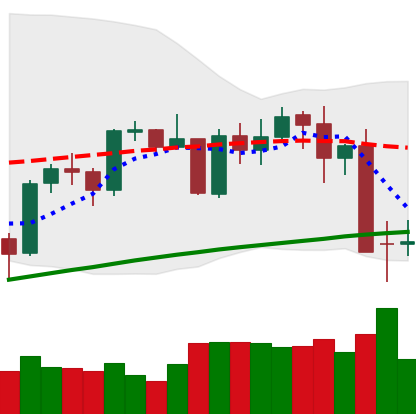
Ticker: BTC-USD
Chart end date: 2021-05-14
Forward return: -25.818%
Label: down_7plus